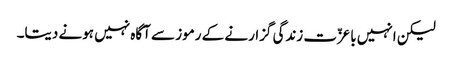
لیکن انہیں باعزّت زندگی گزارنے کے رموز سے آگاہ نہیں ہونے دیتا۔